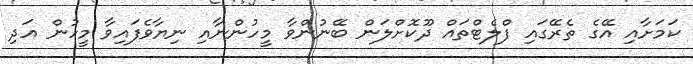
ކަމަށާއި އޭގެ ތެރޭގައި ފްލެޓްތައް ދޫކޮށްލަން ބޭނުންވާ މީހުންނާއި ނިޔާވެފައިވާ މީހުން އަދި